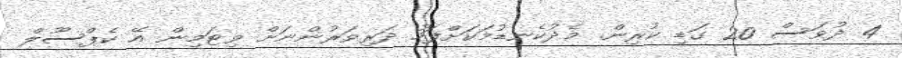
4 ދުވަސް 20 ގަޑި ކުރިން. މެދުކެނޑުމަކަށްފަހު ދަރިވަރުންނަށް ވިޓަމިން އޭ ކެޕްސޫލް